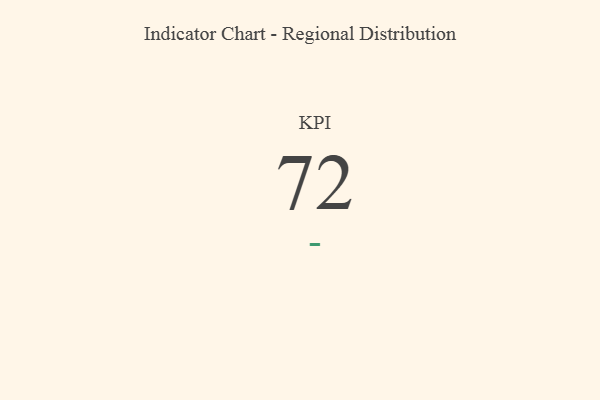
{"axis": {"x": "KPI", "y": "Value"}, "legend": [""], "data": [{"x": "KPI", "y": 72, "type": ""}]}